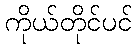
ကိုယ်တိုင်ပင်